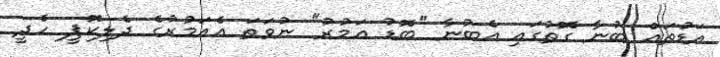
އަޑުތައް ބުނާ ގޮތުގައި އެބުނާ "ބޮޑު އަމުރު" ނުވަތަ އެއަމުރުގެ ދެލިކޮޕީ ހެދީ